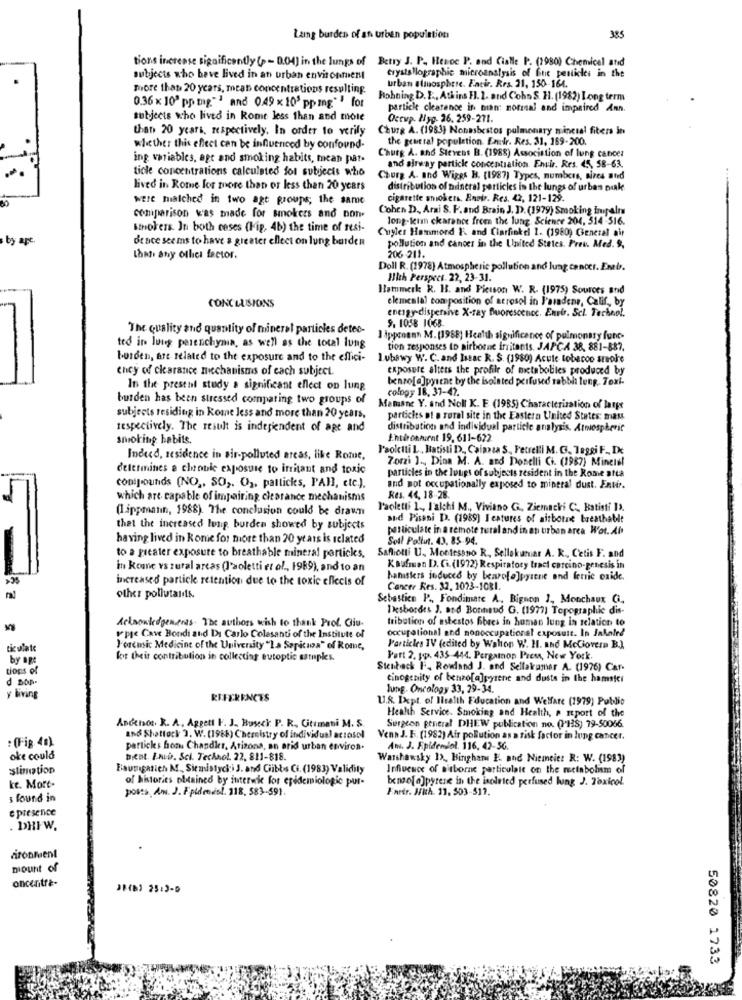
Lang burden of an urben population
385
tions increase significantly ( - 0.04) in the lungs of
Betry J. P. Heroc P. and Cialle P. (1980) Chemicel and
subjects who have lived in an urban environment
crystallographic microanalysis of fite pesticies in the
urban stinosphere. Encir. Res. 31, 150-164.
more than 20 years, meas concentrations resulting.
Hobning D. E ., Atkins Fl. 1. and Coho S. H. (1982) Long term
0.36 x 10' pp mg."" and 0.49 x 10' pping." " for
particle clarence in man: normal and impaired Ann.
subjects who lived in Rome less than and mote
Occup. Hyg. 26. 259-271.
that 20 years, respectively. In order to verify
Chung A. (1983) Nonasbestos pulmonary mineral fiters in
the general population. Enstr. Res. 31, 169-200.
whether this effect can be influenced by confound-
ing variables, age and smoking habits, mean pat.
Churg A. and Stevens B. (1988) Association of lung cancer
ticle concentrations calculated fol subjects who
and airway particle concentration. Envir. Res. 45, 58-63.
Chorg A. and Wiggs B. (1987) Types, numbers, aires ated
lived in Rome for more than or less than 20 years
distribution of brineral particles in the lungs of urban nuke
were malched in two age groups; the same
cigarette snickers. Enoir. Res. 42, 121-129.
Cohen D. Arai S. F. and Brain J. D. (1979) Smoking Impalm
comparison was made for smokers and non-
long-leim ckarance from the lung. Science 204, 314-516.
Brokers. In both ceses (Fig. 4b) the time of resi-
Cuyler Hammond F. and Ciarfinkel 1. (1980) General air
by apc.
de ace seems to have a greater effect on lung burden
206-211.
pollution and cances in the United States. Preu. Med. 9.
that any oflici factor.
Doll R. (1978) Atmospheric pollution and lung cancer. Enelr.
Hlth Perspect. 22, 23-31.
Hammerk R. H. and Picison W. R. (1975) Sources and
CONCLUSIONS
elemental composition of atrosol in l'aradene, Calif, by
energy-dispersive X-ray Buorescence. Enrir. Sci. Tarbeol.
9. 1058 1068
The Quality and quantity of mineral particles detes-
ted in lung perenchyma, as well as the total lung
I ippenann M. (1988) Health significance of pulmonary func-
tion responses to airborne irritants. JAPCA 38, 881-887.
borden, are related to the exposure and to the effici- Lubawy W. C. and Issac R. S. (1980) Acute tobacco areoke
they of clearance mechanisms of each subject.
exposure alters the profile of metaboliles produced by
benzo[a]pyrene by the isolated perfused rabbi leng. Toxi-
In the present study a significant effect on lung
cology 18. 37-47.
burden has been stressed comparing two groups of
Mamsne Y. and Noll K. E (1985) Characterisation of latpr
subjects residing in Rome less and more than 20 years,
particies of o rural site in the Eastern United States: maus
respectively. The result is independent of age and
distribution and individual particle analysis. Atmospheric
smoking habits.
Entionmirnt 19, 611-622
Paoletti L ., Hatisti D ., Caimia S ., Petrelli M. G. leggi F- De
Indeed, residence in sir-polluted areas, like Rome,
Zorzi J .,, Dina M. A. and Donelli Ci. (1987) Minetel
determines e choule exposure to irritant and toxic
particles in the lungs of subjects resident in the Rome atta
conipounds (NO ,, SO ,. O), patticks, PANI, etc.),
and not occupationally exposed to mineral dust. Entir.
which are capable of impairing clearance mechanisms
Res. 44, 18-28.
(lippmann, 1988). The conclusion could be drawn
Paoletti 1 ., I'alchi M ., Viviano G ., Ziemacki C. Batisti IX.
and Pisani D. (1989) Features of airborne breathable
that the increased lung burden showed by subjects
particulate in a remote tural and in an urban area Wot. Ab
having lived in Rome for more than 20 years is related
Soll Pollut. 43. 85-94.
to a greater exposure to breathable mineral particles, Safiotti U. Montesano R. Sellakumar A. R. Cetis F. and
in komne vs rural areas (Paoletti et al ., 1989), and to an
Kaufman D. C .. (1972) Respiratory tract carcino-genesis in
increased particle retention due to the toxic effects of
banisters induced by bearofe]pyrene ond ferric oxide.
Cancer Res. 32. 1023-1081.
other pollutants.
Sebastice P ., Fondimate A. Bignon J ., Monchaux G.
1ksbordes J. and Bonneud G. (1977) Topographie dis-
tribution of asbestos fibres in human lung in relation to
Acknowledgements The authors wish to thank Prof. Cliu-
occupational and nonoccupational exposult. In Jakoled
rpre Cave Bondi and Di Carlo Colasanti of the Institute of
tic ulate
J'oseusic Medicine of the University "La Sapiciosa" of Rome,
Particles IV (edited by Wahon W. H. and McCiovera B.]
by age
kit their contribution in collecting eutoptic samples.
Part 2. pp. 435-444. Pergamon Prema, New York.
tions of
Stenbeck F. Rowland J. and Sellakramer A. (1976) Car-
d Bon-
cinogenity of benzo[a]pyrene and dusts in the hamstci
lung. Oncology 33, 29-34.
y living
REFERENCES
U1.8. Ixpt. of Iltalth Education and Welfare (1979) Publio
Health Service- Smoking and Health, e sport of the
Andchoc. R. A, Aggett F. J. Buseck P. R. Citumani M. S.
Surgeon general DHEW publication no. (PHS) 79-50066.
and Shattock 3. W. (1988) Chemistry of individual actosol
Venn J. F. (1982) Air pollution as a fisk factor in lung cancer.
particks from Chandler, Arizona, an arid urban environ.
Ani. J. Epidemiol. 116, 42-56.
oke could
bient. IniD. Sci. Technol 22, 811-818.
Warshawsky 1>, Bingharus E- and Niemeie: R: W. (1983)
estimation
Baumgatich M ., Siemistycki J. and Gibbs Ci. (1983) Validity
Influence of sitborne particulate on the metabolism of
of histories obtained by interwie for epidemiologic put-
benaof a]pyrene in the isolated perfused lung J. Toxicol
ke. Mort-
posts, Ami. J. Fpidenésl. 118, 583-591.
Fardr. JRA. 11, 503-517.
s found in
e presence
. DHIW.
aronfeent
mount of
oncentre-
50820 1733